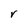
Character: r